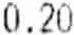
0.20